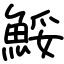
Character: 鮾